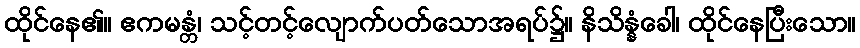
ထိုင်နေ၏။ ဧကမန္တံ၊ သင့်တင့်လျောက်ပတ်သောအရပ်၌။ နိသိန္နံခေါ၊ ထိုင်နေပြီးသော။